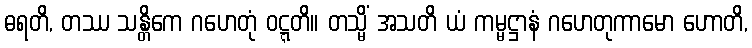
ဓရတိ, တဿ သန္တိကေ ဂဟေတုံ ဝဋ္ဋတိ။ တသ္မိံ အသတိ ယံ ကမ္မဋ္ဌာနံ ဂဟေတုကာမော ဟောတိ,